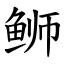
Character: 𫚕